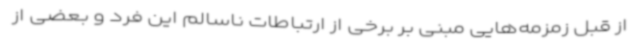
از قبل زمزمه‌هایی مبنی بر برخی از ارتباطات ناسالم این فرد و بعضی از